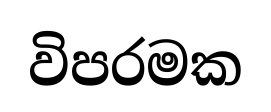
විපරමක